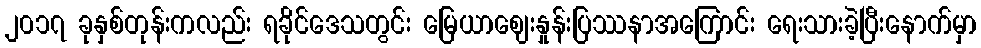
၂၀၁၇ ခုနှစ်တုန်းကလည်း ရခိုင်ဒေသတွင်း မြေယာဈေးနှုန်းပြဿနာအကြောင်း ရေးသားခဲ့ပြီးနောက်မှာ